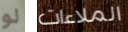
لو الملاءات